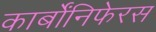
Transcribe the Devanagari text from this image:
कार्बोंनिफेरस